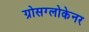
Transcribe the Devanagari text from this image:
ग्रोसग्लोकेनर